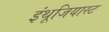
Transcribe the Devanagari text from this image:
इंथूजियास्ट